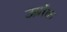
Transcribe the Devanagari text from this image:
उर्ब्रोक